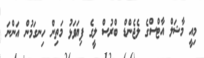
މިއީ މާޝަލް އާޓްސްގެ ލެޖެންޑް ބްރުސް ލީގެ ފިޔަވަޅު މަތިން ހިނގަމުން އަންނަ